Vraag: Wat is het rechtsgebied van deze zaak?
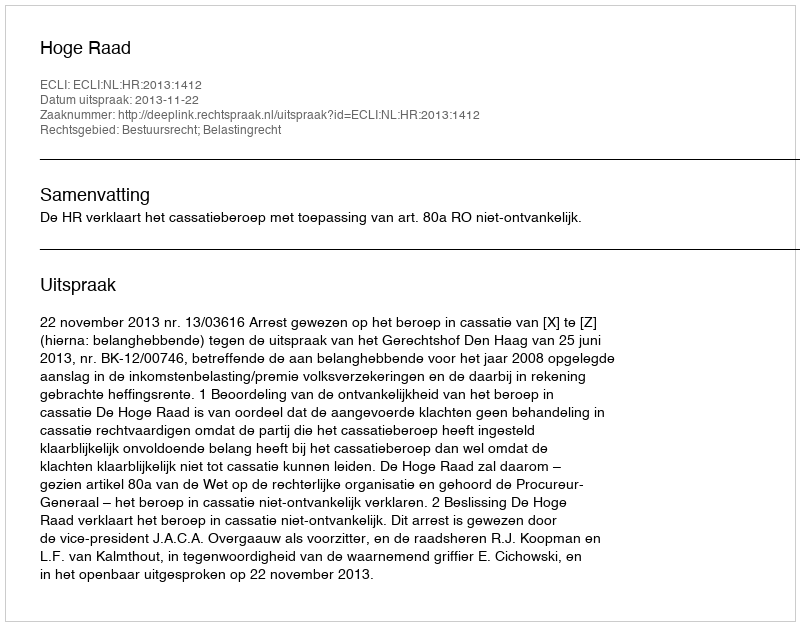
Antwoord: Bestuursrecht; Belastingrecht